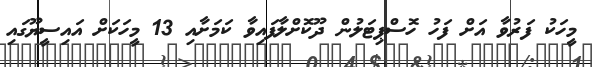
މީހަކު ފަރުވާ އަށް ފަހު ހޮސްޕިޓަލުން ދޫކޮށްލާފައިވާ ކަމަށާއި 13 މީހަކަށް އައިސީޔޫގައި